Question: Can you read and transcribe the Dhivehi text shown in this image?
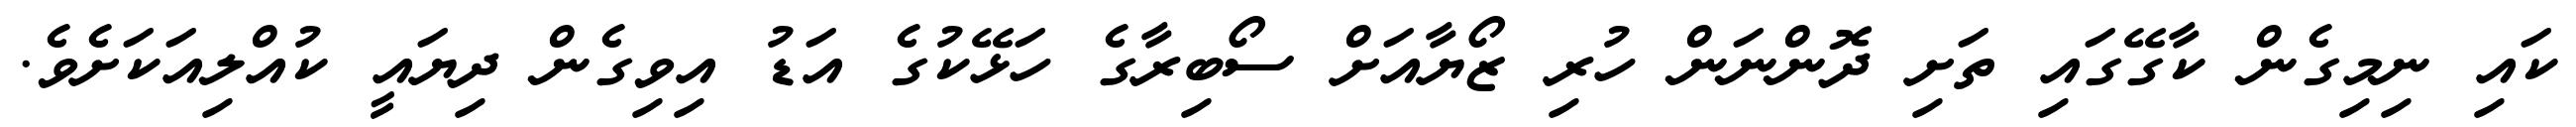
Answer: ކައި ނިމިގެން ކާގޭގައި ތަށި ދޮންނަން ހުރި ޒޯޔާއަށް ސޯބިރާގެ ހަޅޭކުގެ އަޑު އިވިގެން ދިޔައީ ކުއްލިއަކަށެވެ.